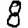
Digit: 8